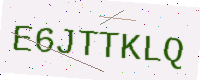
Text: E6JTTKLQ